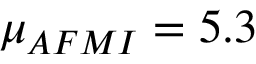
{ \mu } _ { A F M I } = 5 . 3